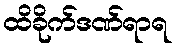
ထိခိုက်ဒဏ်ရာရ